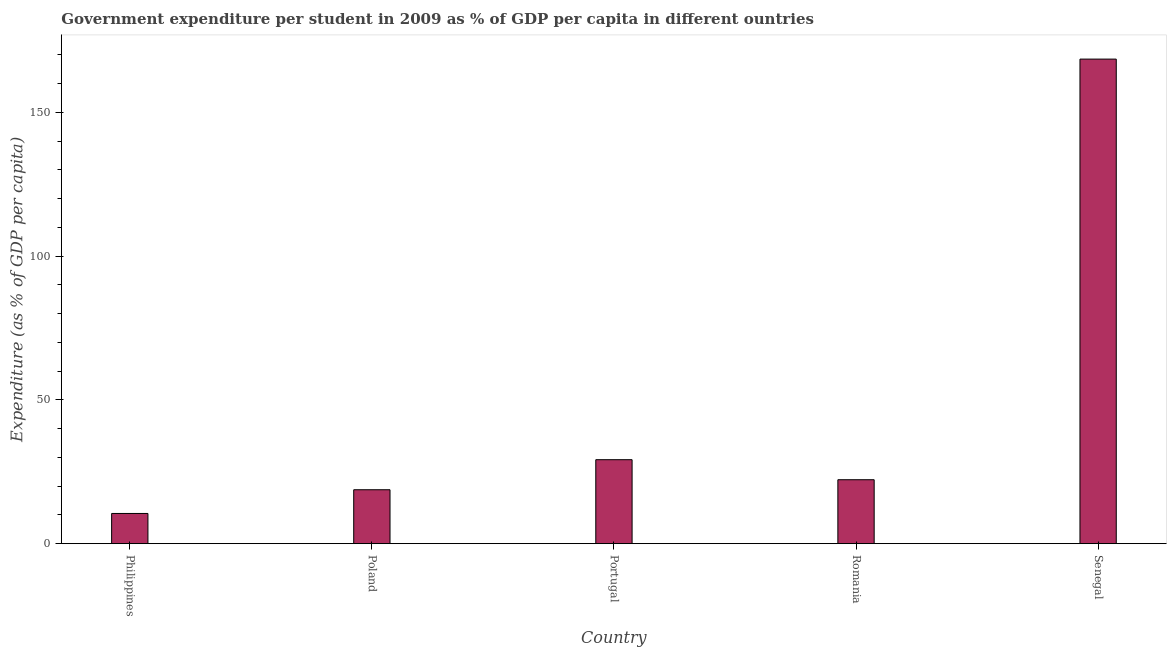
| Country | Government expenditure per tertiary student |
 | --- | --- |
 | Philippines | 10.5 |
 | Poland | 18.8 |
 | Portugal | 29.2 |
 | Romania | 22.2 |
 | Senegal | 169 |